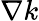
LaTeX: \nabla k